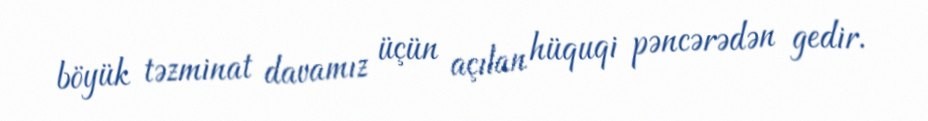
böyük təzminat davamız üçün açılan hüquqi pəncərədən gedir.